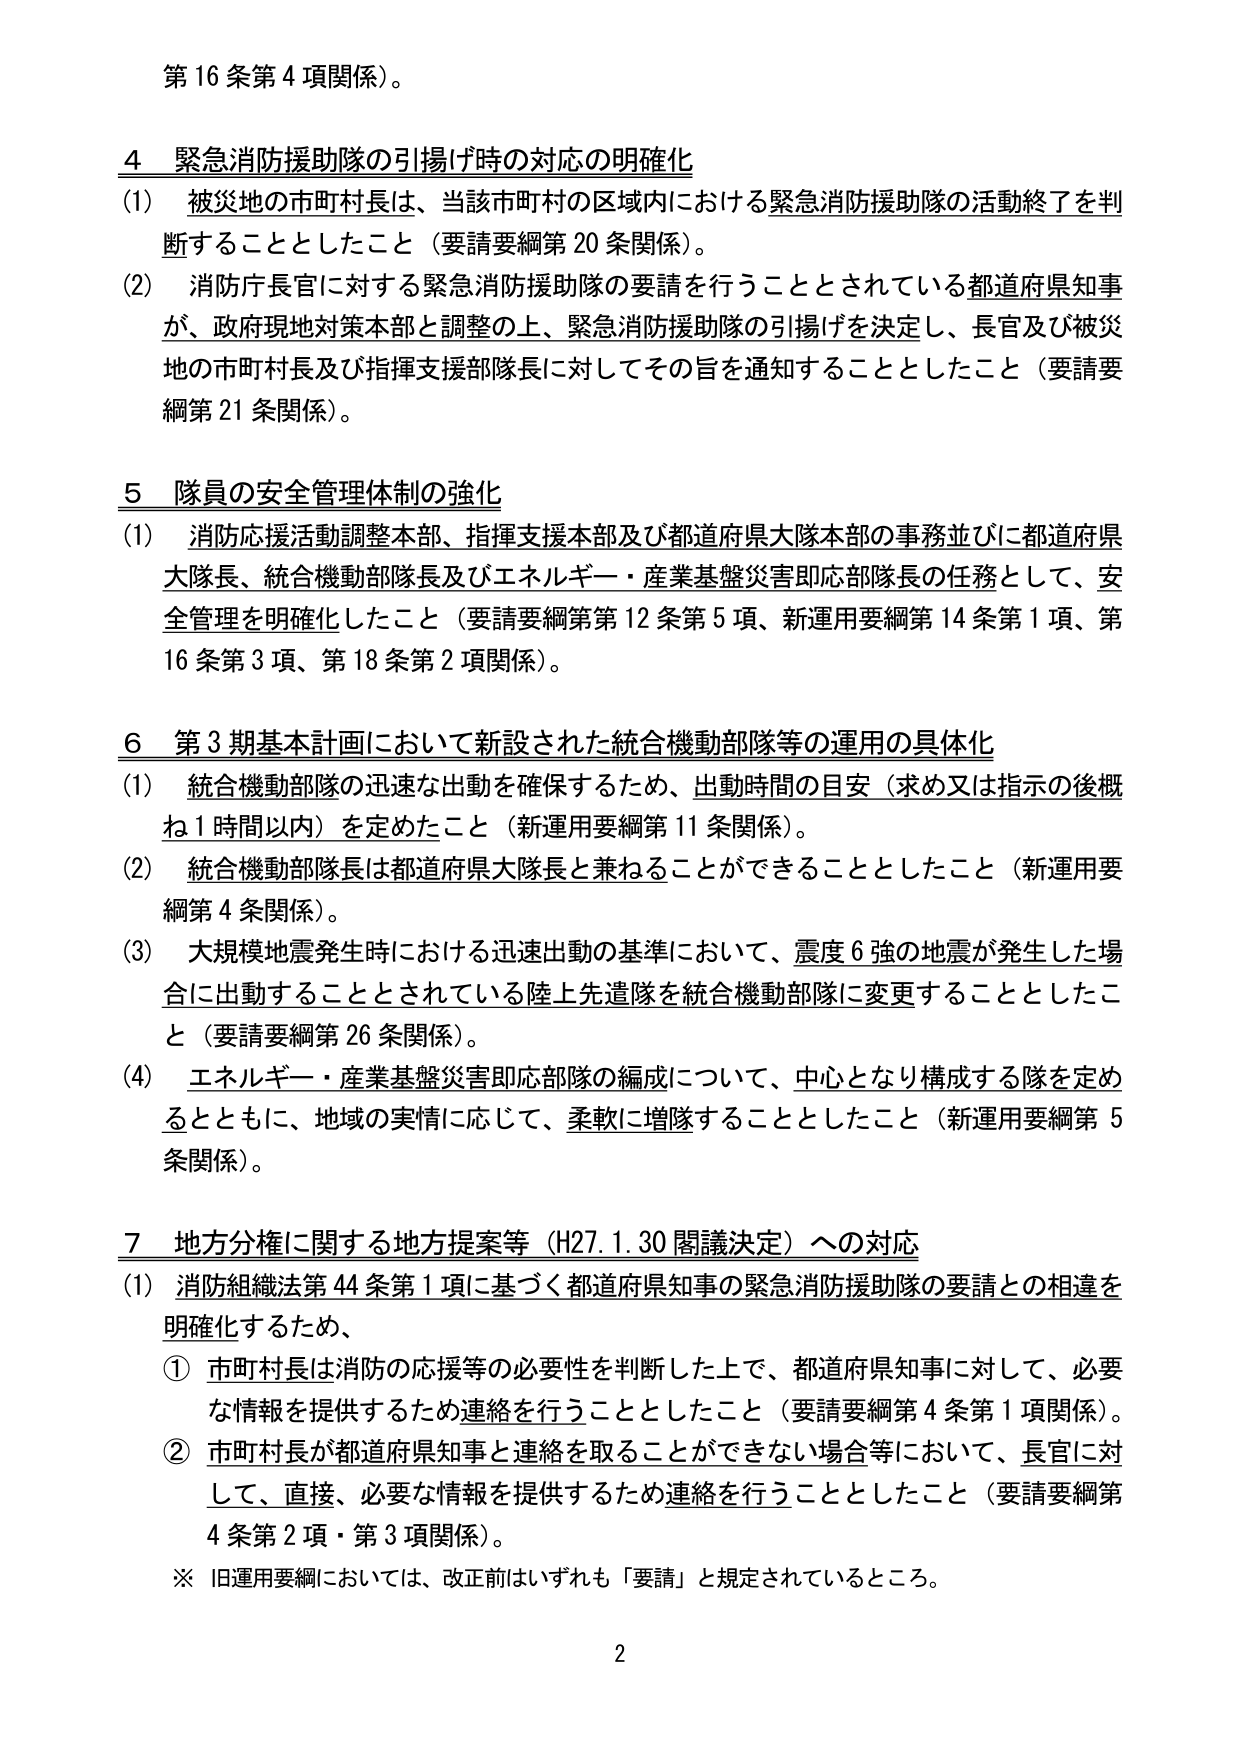
第16条第4項関係）。

4 緊急消防援助隊の引揚げ時の対応の明確化
(1) 被災地の市町村長は、当該市町村の区域内における緊急消防援助隊の活動終了を判断することとしたこと（要請要綱第20条関係）。
(2) 消防庁長官に対する緊急消防援助隊の要請を行うこととされている都道府県知事が、政府現地対策本部と調整の上、緊急消防援助隊の引揚げを決定し、長官及び被災地の市町村長及び指揮支援部隊長に対してその旨を通知することとしたこと（要請要綱第21条関係）。

5 隊員の安全管理体制の強化
(1) 消防応援活動調整本部、指揮支援本部及び都道府県大隊本部の事務並びに都道府県大隊長、統合機動部隊長及びエネルギー・産業基盤災害即応部隊長の任務として、安全管理を明確化したこと（要請要綱第12条第5項、新運用要綱第14条第1項、第16条第3項、第18条第2項関係）。

6 第3期基本計画において新設された統合機動部隊等の運用の具体化
(1) 統合機動部隊の迅速な出動を確保するため、出動時間の目安（求め又は指示の後概ね1時間以内）を定めたこと（新運用要綱第11条関係）。
(2) 統合機動部隊長は都道府県大隊長と兼ねることができるることとしたこと（新運用要綱第4条関係）。
(3) 大規模地震発生時における迅速出動の基準において、震度6強の地震が発生した場合に出動することとされている陸上先遣隊を統合機動部隊に変更することとしたこと（要請要綱第26条関係）。
(4) エネルギー・産業基盤災害即応部隊の編成について、中心となり構成する隊を定めるとともに、地域の実情に応じて、柔軟に増隊することとしたこと（新運用要綱第5条関係）。

7 地方分権に関する地方提案等（H27.1.30 閣議決定）への対応
(1) 消防組織法第44条第1項に基づく都道府県知事の緊急消防援助隊の要請との相違を明確化するため、
① 市町村長は消防の応援等の必要性を判断した上で、都道府県知事に対して、必要な情報を提供するため連絡を行うこととしたこと（要請要綱第4条第1項関係）。
② 市町村長が都道府県知事と連絡を取ることができない場合等において、長官に対して、直接、必要な情報を提供するため連絡を行うこととしたこと（要請要綱第4条第2項・第3項関係）。
※ 旧運用要綱においては、改正前はいずれも「要請」と規定されているところ。

2